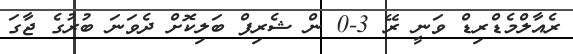
ރެއާލްމެޑްރިޑް ވަނީ ރޭ 3-0 ން ޝެރިފް ބަލިކޮށް ދެވަނަ ބުރުގެ ޖާގަ